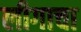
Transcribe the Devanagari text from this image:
लीगाचा